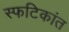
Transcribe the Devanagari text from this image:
स्फटिकांत